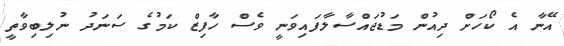
އޭނާ އެ ކޯހަށް ދިއުން މަޑުޖައްސާލާފައިވަނީ ވެސް ހާފިޒް ކަމުގެ ސަނަދު ނުލިބިވާތީ